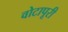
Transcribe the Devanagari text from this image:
वोटापूरी